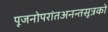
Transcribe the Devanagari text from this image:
पूजनोपरांतअनन्तसूत्रको